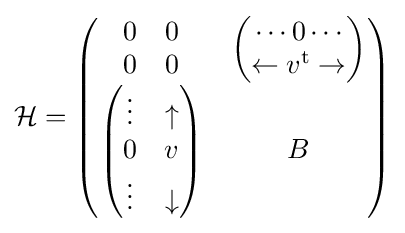
{\mathcal {H}}={\begin{pmatrix}{\begin{matrix}0&0\\0&0\end{matrix}}&{\begin{pmatrix}\cdots 0\cdots \\\leftarrow v^{\text{t}}\rightarrow \end{pmatrix}}\\{\begin{pmatrix}\vdots &\uparrow \\0&v\\\vdots &\downarrow \end{pmatrix}}&B\end{pmatrix}}